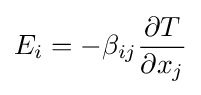
E_{i}=-\beta _{ij}{\frac {\partial T}{\partial x_{j}}}